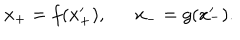
x _ { + } = f ( x _ { + } ^ { \prime } ) , \ \ x _ { - } = g ( x _ { - } ^ { \prime } ) .